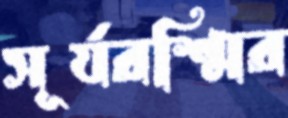
সূর্যরশ্মির